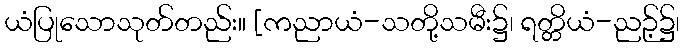
ယံပြုသောသုတ်တည်း။ [ကညာယံ-သတို့သမီး၌၊ ရတ္တိယံ-ညဉ့်၌၊